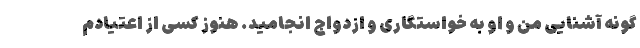
گونه آشنایی من و او به خواستگاری و ازدواج انجامید. هنوز کسی از اعتیادم